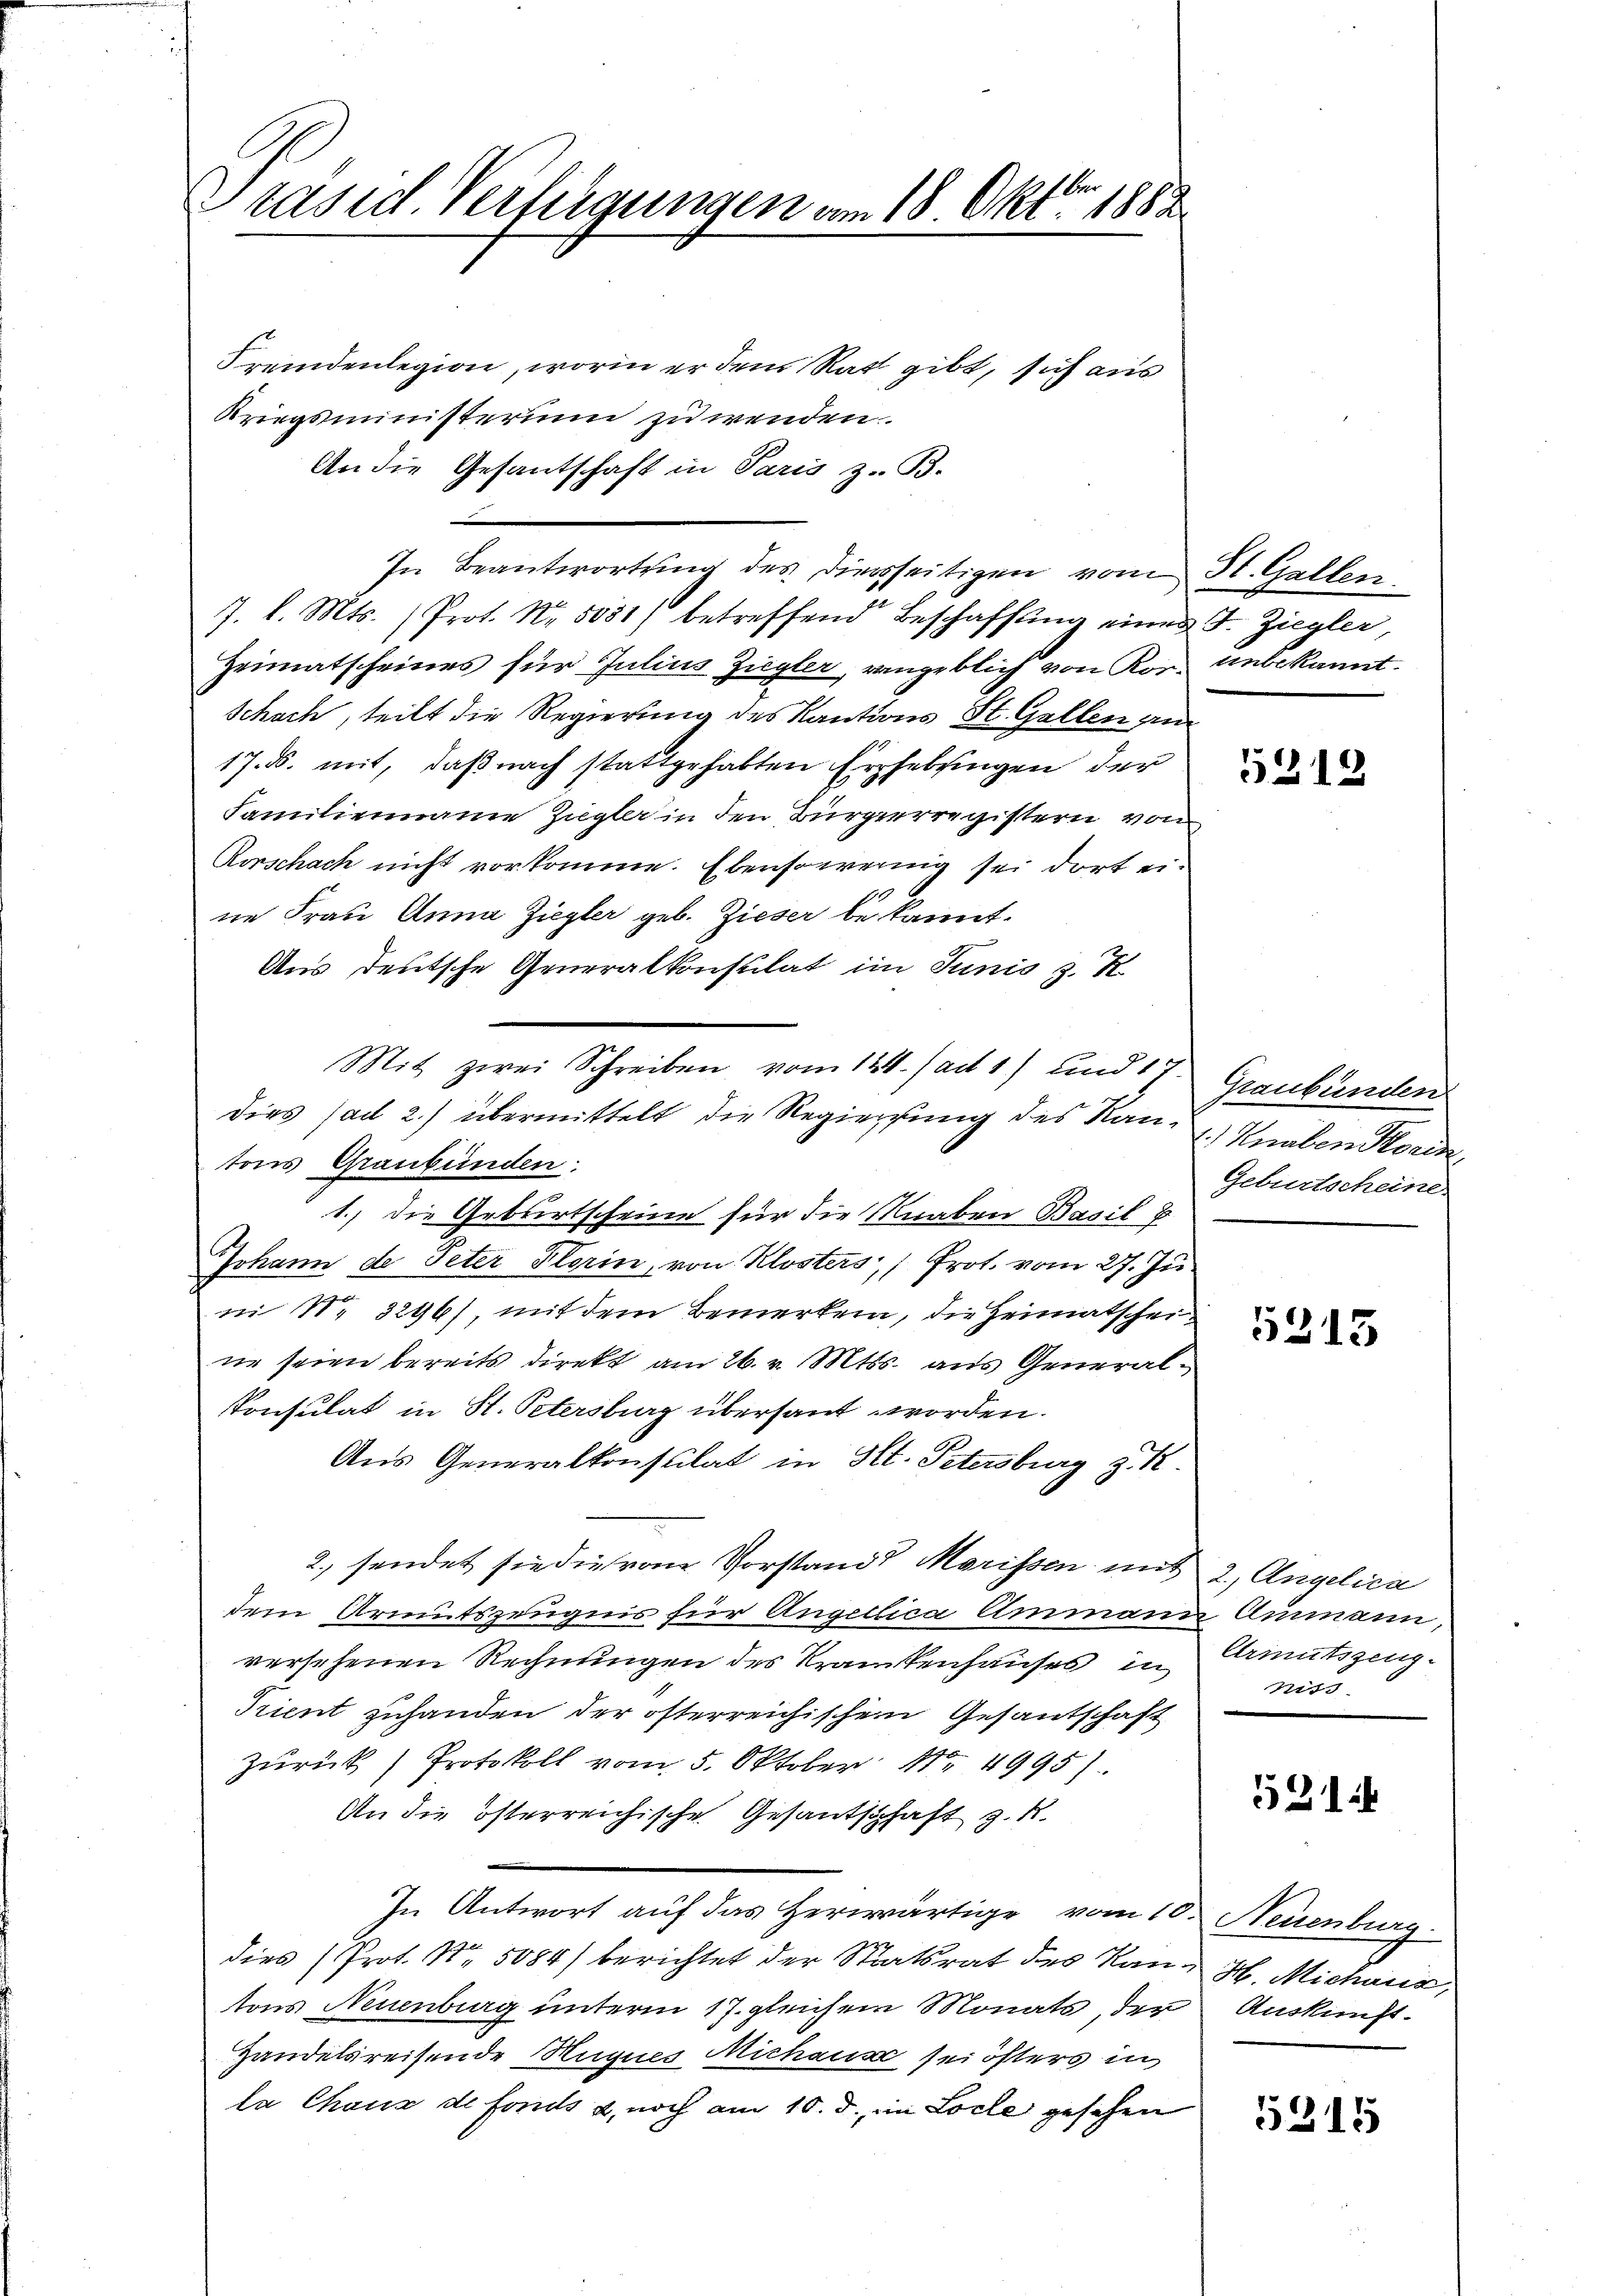
Präsid. Verfügungen vom 18. Oktbr 1882

Fremdenlegion, worin er dem Rat gibt, sich aus
Kriegsministerium zu wenden.
An die Gesantschaft in Paris z. B.
In Beantwortung des Dierseitigen vom St. Gallen.
7. d. Mts. (Prot. Nr. 5081) betreffend Beschaffŭng eines J. Ziegler,
Heimatscheines für Julius Ziegler, vengeblich von Kor- unbekannt.
Schach, teilt die Regierung des Kautions St. Gallen au
17. ds. mit, daß nach stattgehabten Erhebungen der
Familienname Ziegler in den Bürgerregistern von
Rorschach nicht vorkomme. Ebensowenig sei dort eine Frau Anna Ziegler geb. Zieser bekannt.
Aus deutsche Generalkonsulat im Junis z. R.
dies ad 2.) übermittelt die Regierung des Kan- Knaben Korin
tons Graubünden
1., die Geburtscheine für die Knaben Basil B
Johann de Peter Florin, von Klosters, Prot. vom 27. Ju
n Nr. 3296), mit dem Bemerken, die Heimatscheine seien bereits direkt am 26. v. Mtss. aus General¬
Konsulat in St. Petersburg übersaut worden.
Aus Generalkonsulat in St. Petersburg z. R.
2. sendet sie die vom Vorstand Marissen mit 2, Angelica
dem Armutszeugnis für Angellica Ammann Ausmann,
versehenen Rechnungen des Krankenhauses in
Trient zuhanden der österreichischen Gesantschaft
Zurück) Protokoll vom 5. Oktober No 4995)
An die österreichische Gesantschaft z. R.
In Antwort auf das Herwärtige vom 10. Neuenburg.
dies (Prot. Nr. 5084) berichtet der Staatsrat des Kan H. Michaus,
tons Neuenburg unterm 17. gleichem Monats, der Auskunft¬
Handelsreisende Hugues Michaus sei östers in
la Chaus de fonds u. noch am 10. d. in Loche gesehen

Mit zwei Schreiben vom 124. Jan. 1) und 17 Graubünden

5312

Geburtscheine

5315

Arinitszeugniss

521

5315